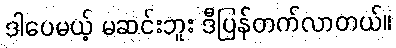
ဒါပေမယ့် မဆင်းဘူး ဒီပြန်တက်လာတယ်။